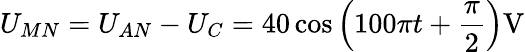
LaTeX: U_{MN}=U_{AN}-U_{C}=40\cos\left(100\pi t+\frac{\pi}{2}\right)\mathrm{V}